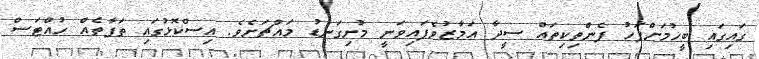
ގައިގައި ބީހުމަށްފަހު ފެންތިކިތައް ސީދާ އަމާޒުވެފައިވަނީ މުށިގަނޑު މައްޗަށެވެ. އިސްކޮޅުގައި ތަފާތެއް ހުއްޓަސް